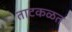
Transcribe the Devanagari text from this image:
ताटकळत